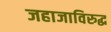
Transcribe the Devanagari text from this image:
जहाजाविरुद्ध